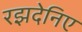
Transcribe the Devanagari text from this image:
रझदेनिए